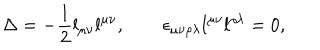
\Delta = - { \frac { 1 } { 2 } } l _ { \mu \nu } l ^ { \mu \nu } , \quad \quad \epsilon _ { \mu \nu \rho \lambda } l ^ { \mu \nu } l ^ { \rho \lambda } = 0 ,